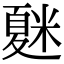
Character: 𥻴